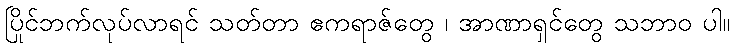
ပြိုင်ဘက်လုပ်လာရင် သတ်တာ ဧကရာဇ်တွေ ၊ အာဏာရှင်တွေ သဘာဝ ပါ။